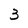
Character: 3